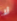
لا